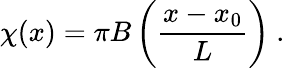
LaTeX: \chi(x)=\pi B\left(\frac{x-x_{0}}{L}\right)\ .